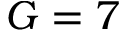
G = 7